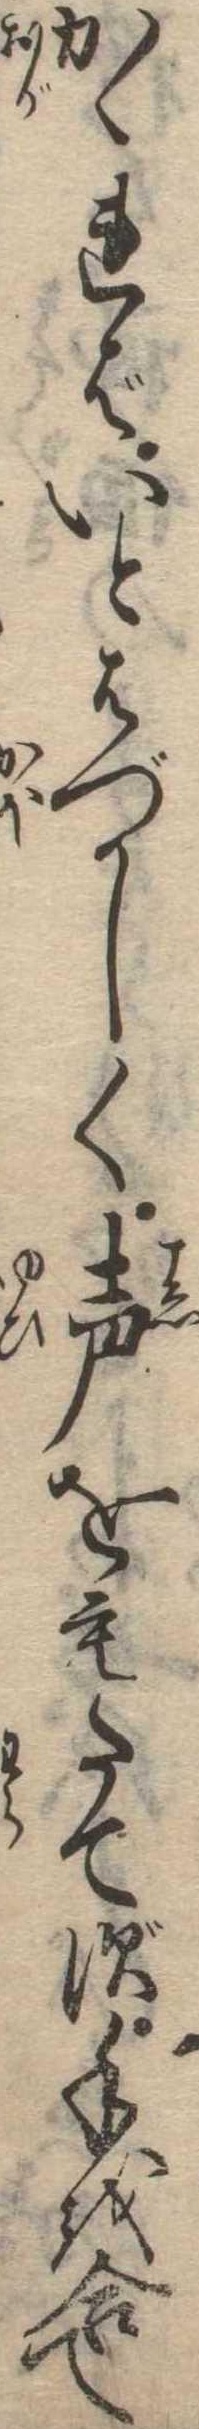
かゝればいとはづかしく声をもたてず手を合て